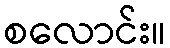
စလောင်း။